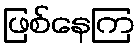
ဖြစ်နေကြ